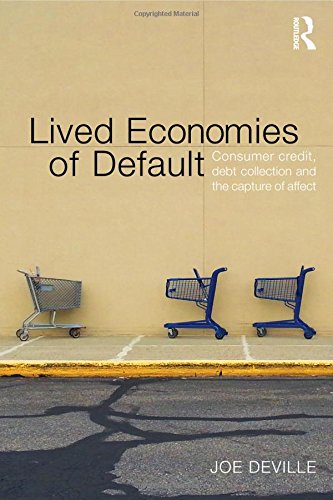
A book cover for Lived Economies of Default: Consumer Credit, Debt Collection and the Capture of Affect (CRESC); Joe Deville; Business & Money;